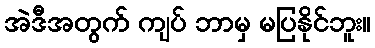
အဲဒီအတွက် ကျပ် ဘာမှ မပြနိုင်ဘူး။